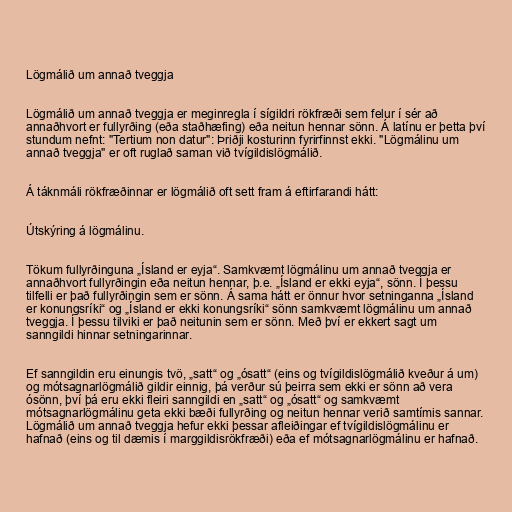
Lögmálið um annað tveggja

Lögmálið um annað tveggja er meginregla í sígildri rökfræði sem felur í sér að
annaðhvort er fullyrðing (eða staðhæfing) eða neitun hennar sönn. Á latínu er þetta því
stundum nefnt: "Tertium non datur": Þriðji kosturinn fyrirfinnst ekki. "Lögmálinu um
annað tveggja" er oft ruglað saman við tvígildislögmálið.

Á táknmáli rökfræðinnar er lögmálið oft sett fram á eftirfarandi hátt:

Útskýring á lögmálinu.

Tökum fullyrðinguna „Ísland er eyja“. Samkvæmt lögmálinu um annað tveggja er
annaðhvort fullyrðingin eða neitun hennar, þ.e. „Ísland er ekki eyja“, sönn. Í þessu
tilfelli er það fullyrðingin sem er sönn. Á sama hátt er önnur hvor setninganna „Ísland
er konungsríki“ og „Ísland er ekki konungsríki“ sönn samkvæmt lögmálinu um annað
tveggja. Í þessu tilviki er það neitunin sem er sönn. Með því er ekkert sagt um
sanngildi hinnar setningarinnar.

Ef sanngildin eru einungis tvö, „satt“ og „ósatt“ (eins og tvígildislögmálið kveður á um)
og mótsagnarlögmálið gildir einnig, þá verður sú þeirra sem ekki er sönn að vera
ósönn, því þá eru ekki fleiri sanngildi en „satt“ og „ósatt“ og samkvæmt
mótsagnarlögmálinu geta ekki bæði fullyrðing og neitun hennar verið samtímis sannar.
Lögmálið um annað tveggja hefur ekki þessar afleiðingar ef tvígildislögmálinu er
hafnað (eins og til dæmis í marggildisrökfræði) eða ef mótsagnarlögmálinu er hafnað.